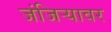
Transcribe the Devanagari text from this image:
जंजिऱ्यावर